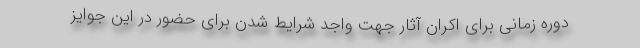
دوره زمانی برای اکران آثار جهت واجد شرایط شدن برای حضور در این جوایز